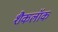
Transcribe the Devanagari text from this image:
शैकलॉक